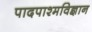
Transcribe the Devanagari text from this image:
पादपाश्मविज्ञान